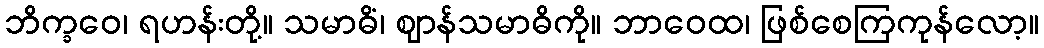
ဘိက္ခဝေ၊ ရဟန်းတို့။ သမာဓိံ၊ ဈာန်သမာဓိကို။ ဘာဝေထ၊ ဖြစ်စေကြကုန်လော့။